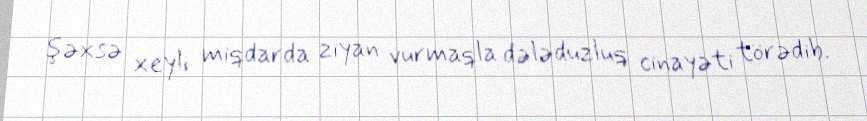
şəxsə xeyli miqdarda ziyan vurmaqla dələduzluq cinayəti törədib.